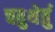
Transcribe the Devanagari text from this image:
चतुथेर्तु